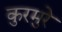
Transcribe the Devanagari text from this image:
कुरमुरे